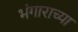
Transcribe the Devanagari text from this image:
भंगाराच्या